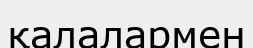
қалалармен